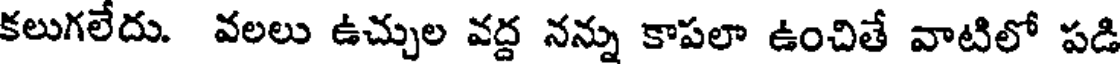
కలుగలేదు. వలలు ఉచ్చుల వద్ద నన్ను కాపలా ఉంచితే వాటిలో పడి